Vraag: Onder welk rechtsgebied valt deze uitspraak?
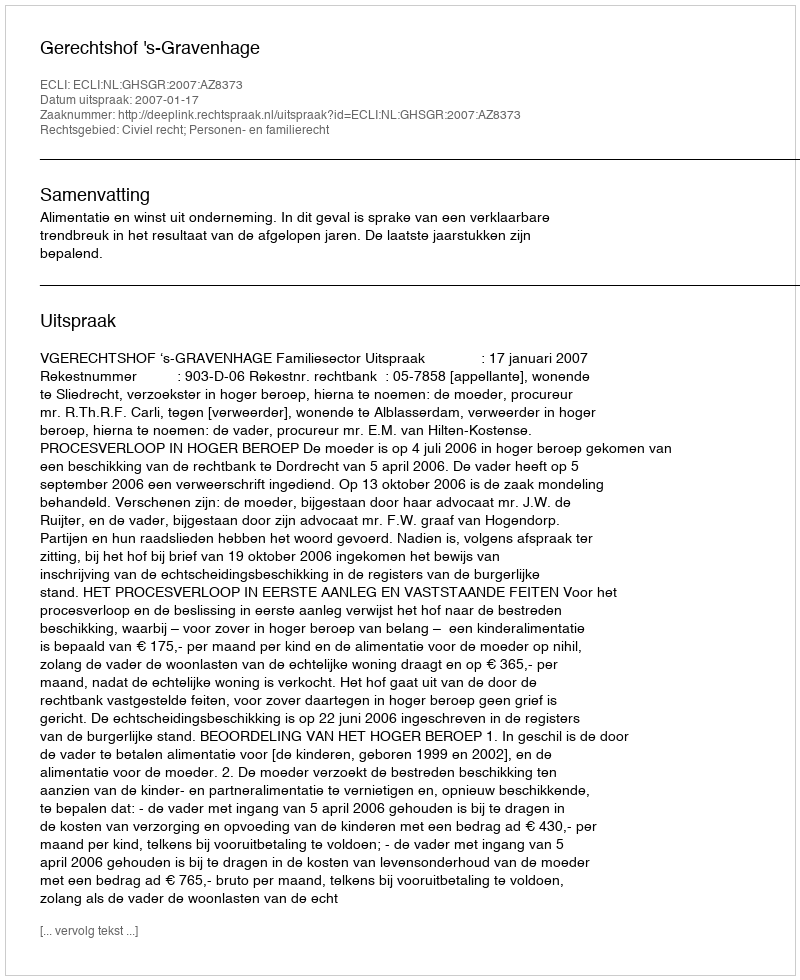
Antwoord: Civiel recht; Personen- en familierecht